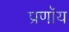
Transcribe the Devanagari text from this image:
प्रणॉय